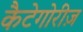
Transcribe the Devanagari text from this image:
कैटेगोरीज़